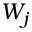
W _ { j }